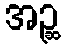
အဉ္ဆ